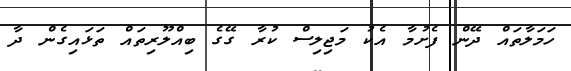
ހަމަލާތައް ދޭން ފެށުމާ އެކު މަޖިލިސް ކުރާ ގޭގެ ބިއްލޫރިތައް ތަޅައިގެން ދާ